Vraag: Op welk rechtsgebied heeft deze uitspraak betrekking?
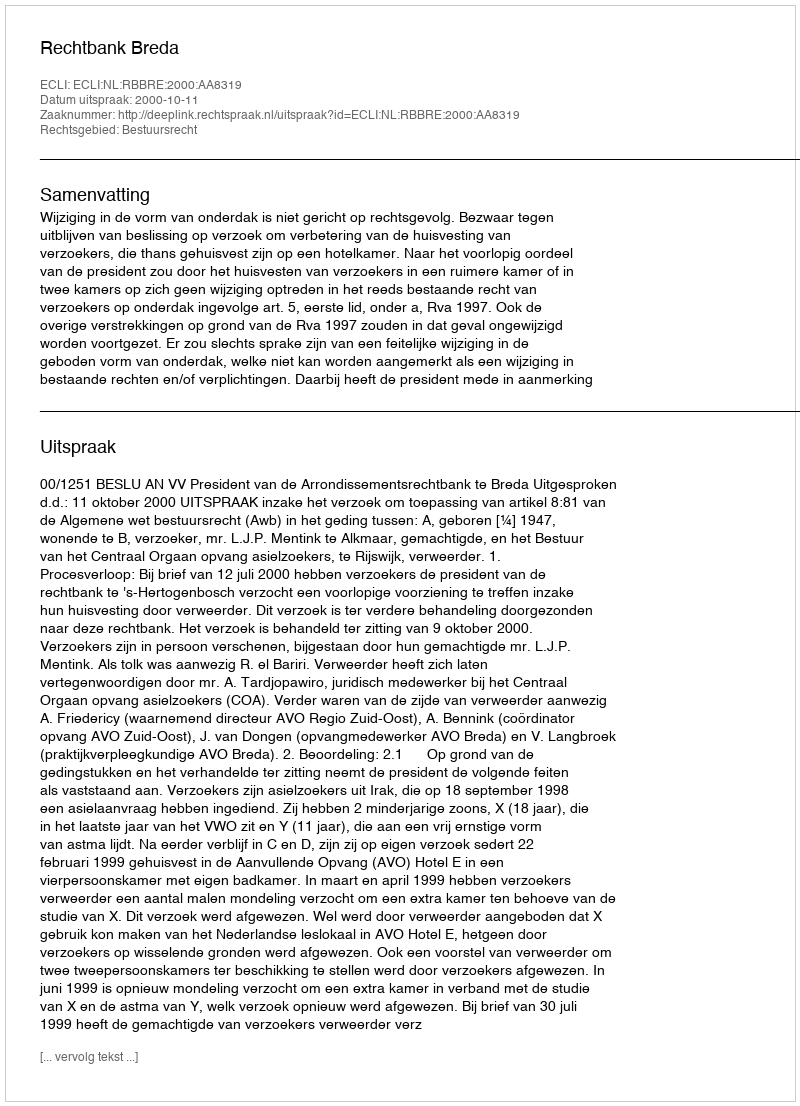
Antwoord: Bestuursrecht